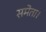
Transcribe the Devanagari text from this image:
समेता।